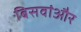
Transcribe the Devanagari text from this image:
बिसवांऔर